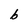
Character: b